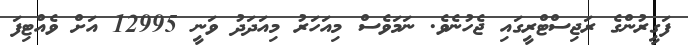
ފަގީރުންގެ ރަޖިސްޓްރީގައި ޖެހުނެވެ. ނަމަވެސް މިއަހަރު މިއަދަދު ވަނީ 12995 އަށް ވެއްޓިފަ